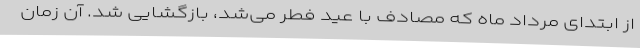
از ابتدای مرداد ماه که مصادف با عید فطر می‌شد، بازگشایی شد. آن زمان